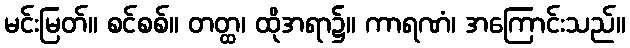
မင်းမြတ်။ စင်စစ်။ တတ္ထ၊ ထိုအရာ၌။ ကာရဏံ၊ အကြောင်းသည်။